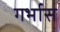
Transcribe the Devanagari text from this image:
गर्भास